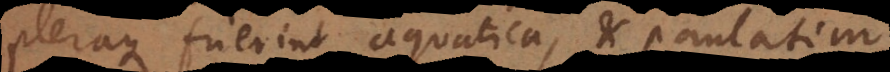
pleraque fuerint aquatica, et paulatim